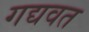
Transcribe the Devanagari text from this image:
गद्यवत